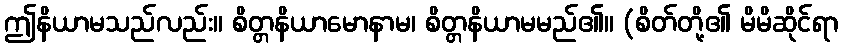
ဤနိယာမသည်လည်း။ စိတ္တနိယာမောနာမ၊ စိတ္တနိယာမမည်၏။ (စိတ်တို့၏ မိမိဆိုင်ရာ